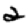
Digit: 2